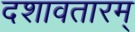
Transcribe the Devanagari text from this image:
दशावतारम्‌